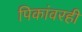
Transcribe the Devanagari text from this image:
पिकांवरही